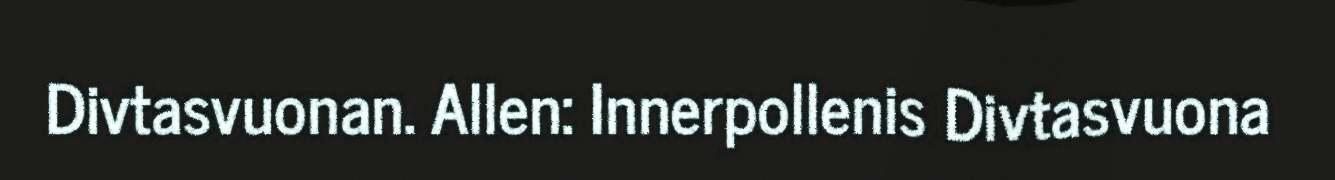
Divtasvuonan. Allen: Innerpollenis Divtasvuona